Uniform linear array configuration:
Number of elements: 4
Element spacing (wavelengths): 0.75
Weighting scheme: binomial
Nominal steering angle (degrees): -30
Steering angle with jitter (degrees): -30.946
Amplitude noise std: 0.05
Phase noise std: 0.05

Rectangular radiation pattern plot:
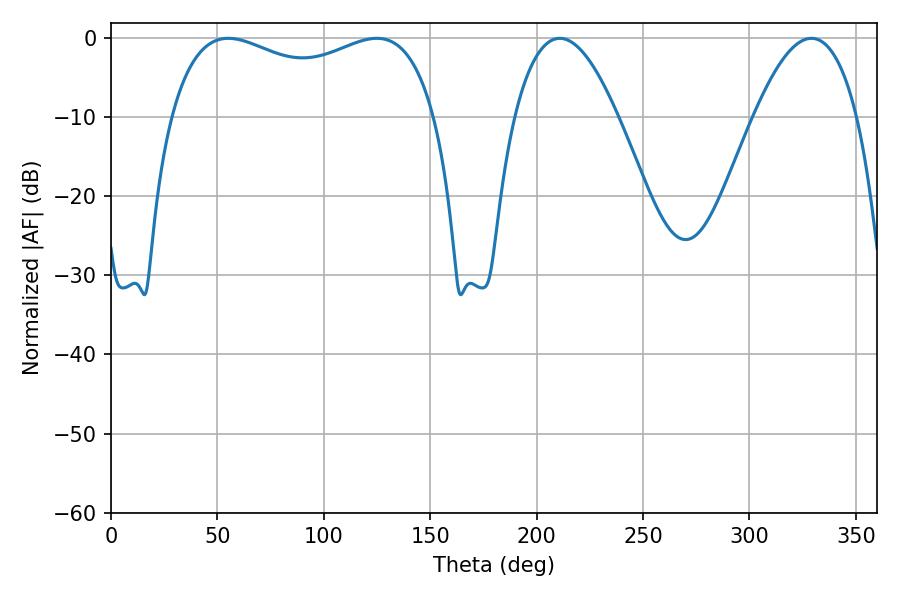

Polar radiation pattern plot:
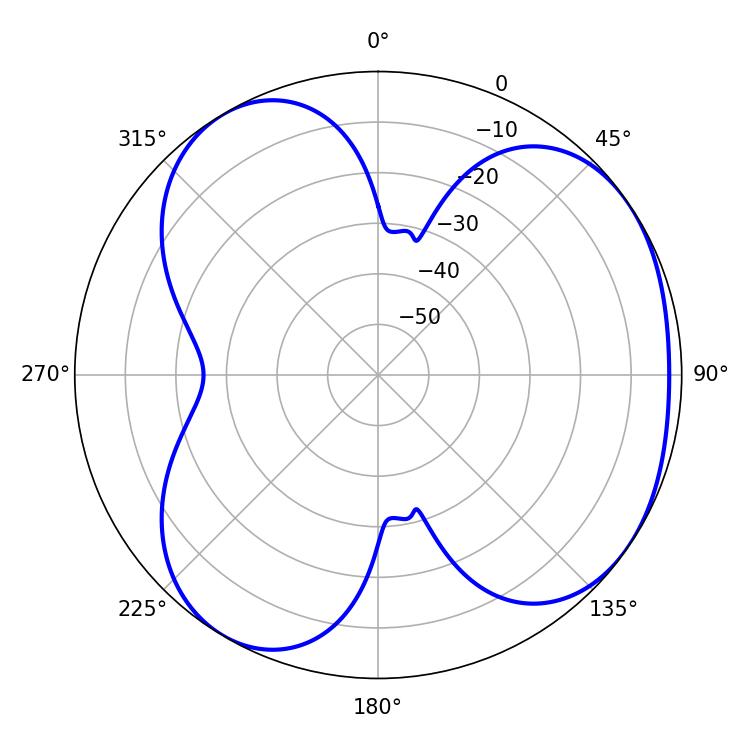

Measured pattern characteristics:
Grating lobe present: TRUE
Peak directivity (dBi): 4.36
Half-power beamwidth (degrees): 102.6
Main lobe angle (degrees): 55.08